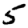
Digit: 5